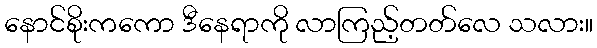
နောင်စိုးကကော ဒီနေရာကို လာကြည့်တတ်လေ သလား။